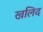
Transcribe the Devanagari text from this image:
खलिद